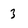
Character: 3